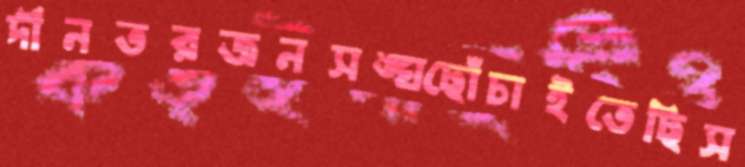
দীনতরজনসঙ্ঘছোঁচাইতেছিস